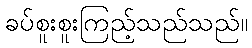
ခပ်စူးစူးကြည့်သည်သည်။